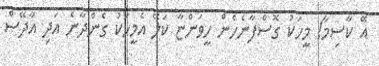
އޭ ކާސިމާ! މީހަކު ގޮސްފާނެހެން ހީވަންޏާ ކަލޭ އެމީހަކު ގެންދާނެ އަދި އާދޭސް